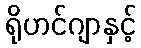
ရိုဟင်ဂျာနှင့်